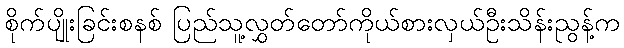
စိုက်ပျိုးခြင်းစနစ် ပြည်သူ့လွှတ်တော်ကိုယ်စားလှယ်ဦးသိန်းညွန့်က